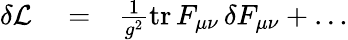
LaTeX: \begin{array}{rlr}{\delta{\cal L}}&{{}=}&{{\frac{1}{g^{2}}}\mathrm{tr}\, F_{\mu\nu}\, \delta F_{\mu\nu}+\dots}\end{array}